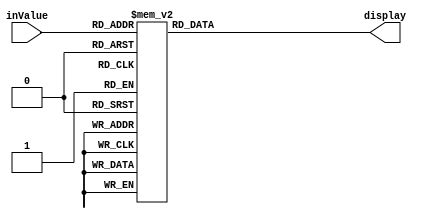
module HEXDisplay(inValue, display);
        input [3:0] inValue;
        output [6:0] display;
	reg [6:0] display;
        always @(*) begin
                case(inValue)
                        4'b0000: display = 7'b1000000; 
                        4'b0001: display = 7'b1111001; 
                        4'b0010: display = 7'b0100100; 
                        4'b0011: display = 7'b0110000; 
                        4'b0100: display = 7'b0011001; 
                        4'b0101: display = 7'b0010010; 
                        4'b0110: display = 7'b0000010; 
                        4'b0111: display = 7'b1111000; 
                        4'b1000: display = 7'b0000000; 
                        4'b1001: display = 7'b0011000; 
                        4'b1010: display = 7'b0001000; 
                        4'b1011: display = 7'b0000011; 
                        4'b1100: display = 7'b1000110; 
                        4'b1101: display = 7'b0100001; 
                        4'b1110: display = 7'b0000110; 
                        4'b1111: display = 7'b0001110; 
                endcase
        end
endmodule